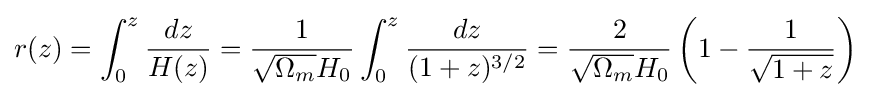
r(z)=\int _{0}^{z}{\frac {dz}{H(z)}}={\frac {1}{{\sqrt {\Omega _{m}}}H_{0}}}\int _{0}^{z}{\frac {dz}{(1+z)^{3/2}}}={\frac {2}{{\sqrt {\Omega _{m}}}H_{0}}}\left(1-{\frac {1}{\sqrt {1+z}}}\right)